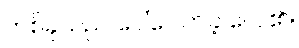
တစ်ခုသည် ပေါ်ပေါက်ခဲ့ လေ၏။